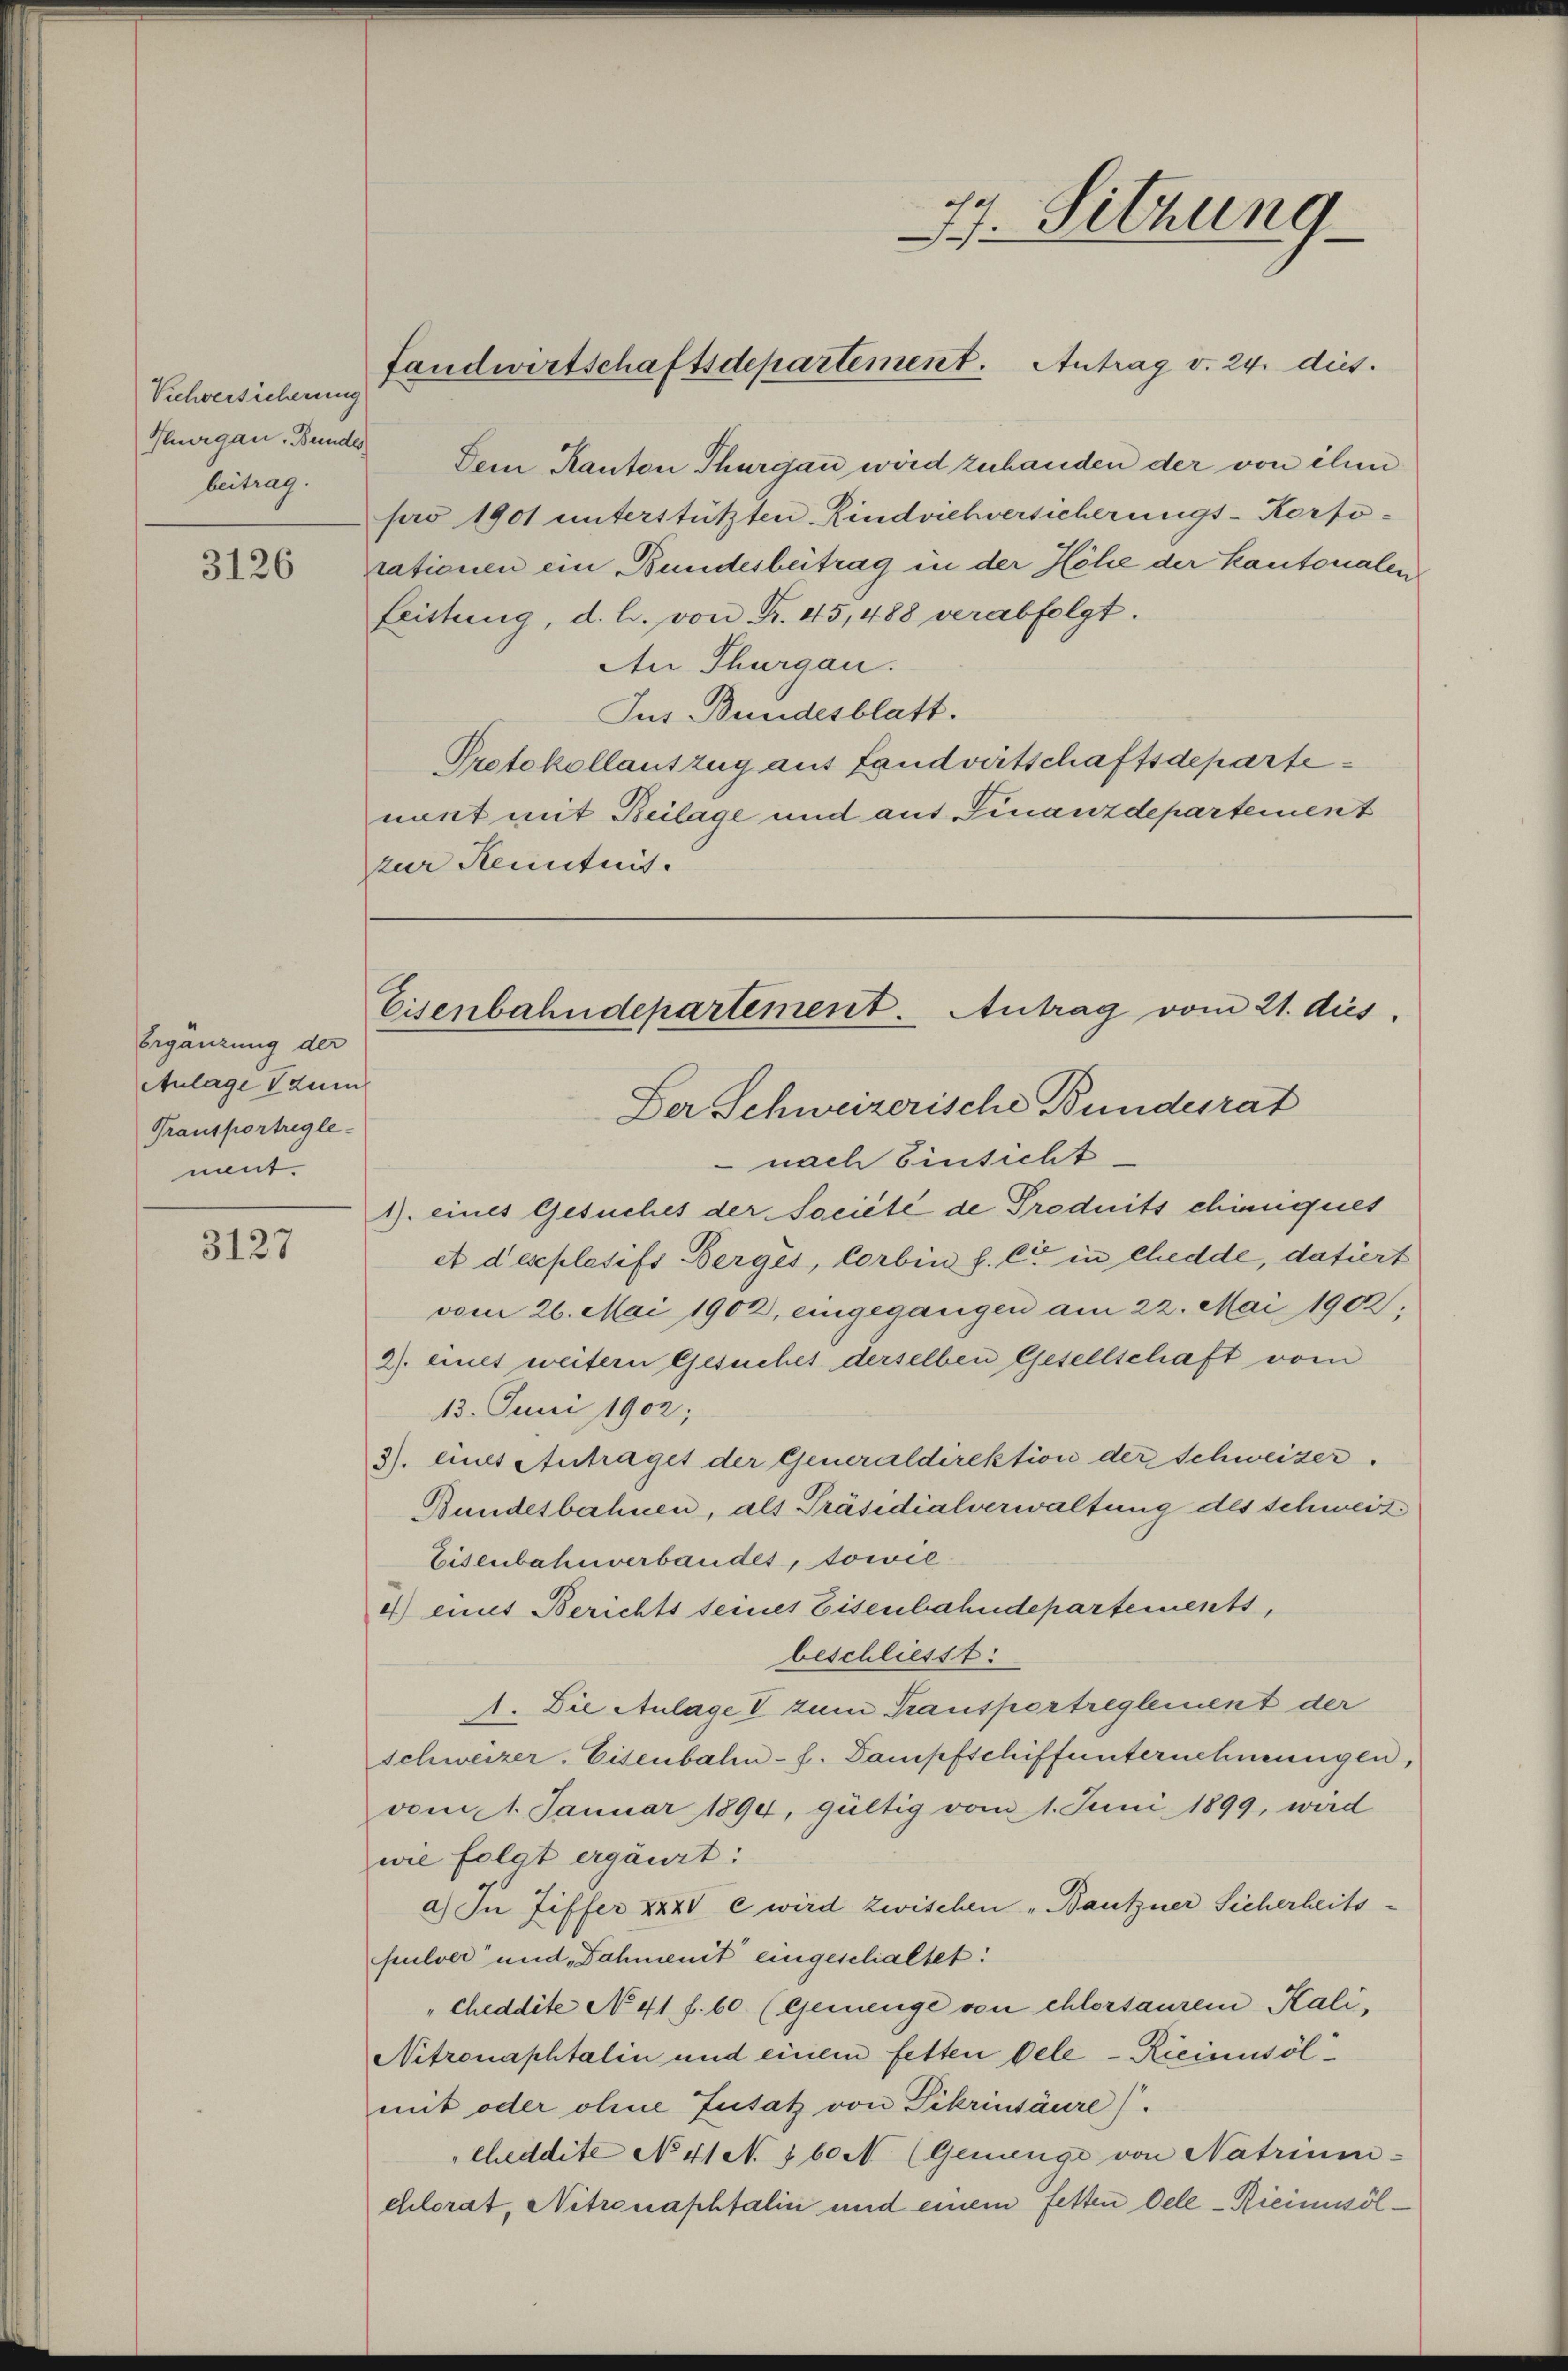
Vichversicherung
Thurgau, Bundes,
beitrag.

3126

Ergänzung der
Anlage zum
Transportregle-
nent.

3127

77. Sitzung
fandwirtschaftsdepartement. Antrag v. 24. dies.

Dem Kanton Thurgau wird zuhanden der von ihm
pro 1901 unterstützten Rindviehversicherungs-Korfo-
rationen ein Bundesbeitrag in der Höhe der Kantonalen
Leistung, d. h. von Fr. 45, 488 verabfolgt.
An Thurgau.
Jus Bundesblatt.
Protokollauszug aus Landwirtschaftsdeparte
nent mit Beilage und aus Finanzdepartement
zur Kenntnis.

nach Einsicht.
1) eines Gesuches der Societe de Produits chiniquet
A dexplosifs Berges, Corbin f. Cie in Chedde, datiert
vom 26. Mai 1902, eingegangen am 22. Mai 1902;
2) einet weitern Gesuches derselben Gesellschaft vom
13. Juni 1902;
3). eines Antraget der Generaldirektion der Schweizer.
Bundesbahnen, als Präsidialverwaltung des Schweiz
Eisenbahnverbandes, sowie
4) mit Berichts seines Eisenbahndepartements,
beschliesst:
1. Die Anlage V zum Transportreglement der
schweizer. Eisenbahn- f. Dampfschiffunternehmungen,
vom 1. Januar 1894, gültig vom 1. Juni 1899, wird
wie folgt ergänzt:
a) In Ziffer XXXV e wird zwischen „Bautzner Sicherheits-
pulver und Dahmenit eingeschaltet:
"Cheddite No 41 f. 60. (Gemenge von Chlortauren Kali¬
Nitronaphtalin und einem fetten bele - Rieimusöl
mit oder ohne Zusatz von Pikrinsäure).
cheddite No 41. 160 N. (Genienge von Natrimm-
ehlorat, Nitronaphtalin und einem fetten Dele-Ricimusöl¬

Eisenbahndepartement. Antrag vom 21. dus.
Der Schweizerische Bundesrat